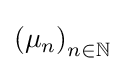
\left(\mu _{n}\right)_{n\in \mathbb {N} }